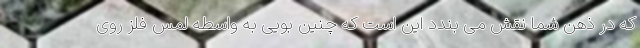
که در ذهن شما نقش می بندد این است که چنین بویی به واسطه لمس فلز روی